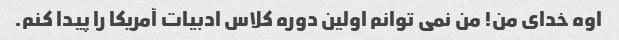
اوه خدای من! من نمی توانم اولین دوره کلاس ادبیات آمریکا را پیدا کنم.